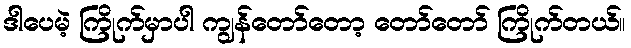
ဒါပေမဲ့ ကြိုက်မှာပါ ကျွန်တော်တော့ တော်တော် ကြိုက်တယ်။